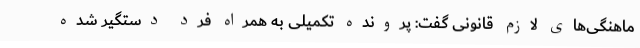
ماهنگی‌های لازم قانونی گفت: پرونده تکمیلی به همراه فرد دستگیر شده